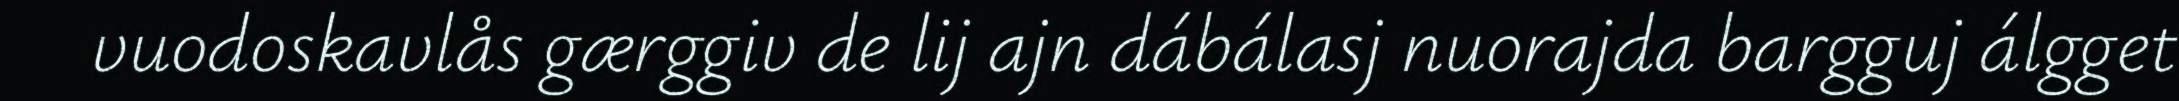
vuodoskavlås gærggiv de lij ajn dábálasj nuorajda bargguj álgget